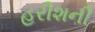
હરીશની